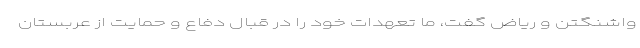
واشنگتن و ریاض گفت، ما تعهدات خود را در قبال دفاع و حمایت از عربستان